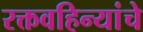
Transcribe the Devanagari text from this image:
रक्तवहिन्यांचे